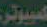
كمبيوتر